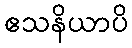
ဧသနိယာပိ